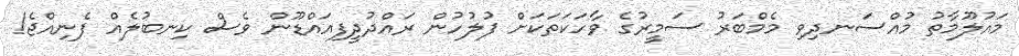
މައުލޫމާތު މުއްސަނދިވި މެމްބަރު ސަމީރުގެ ވާހަކަތަކަށް ފުލުހުން ރައްދުދީފިއައްޑޫން ވެސް ކިނބުލެއް ފެނިއްޖެ!